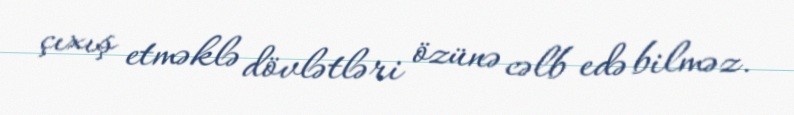
çıxış etməklə dövlətləri özünə cəlb edə bilməz.